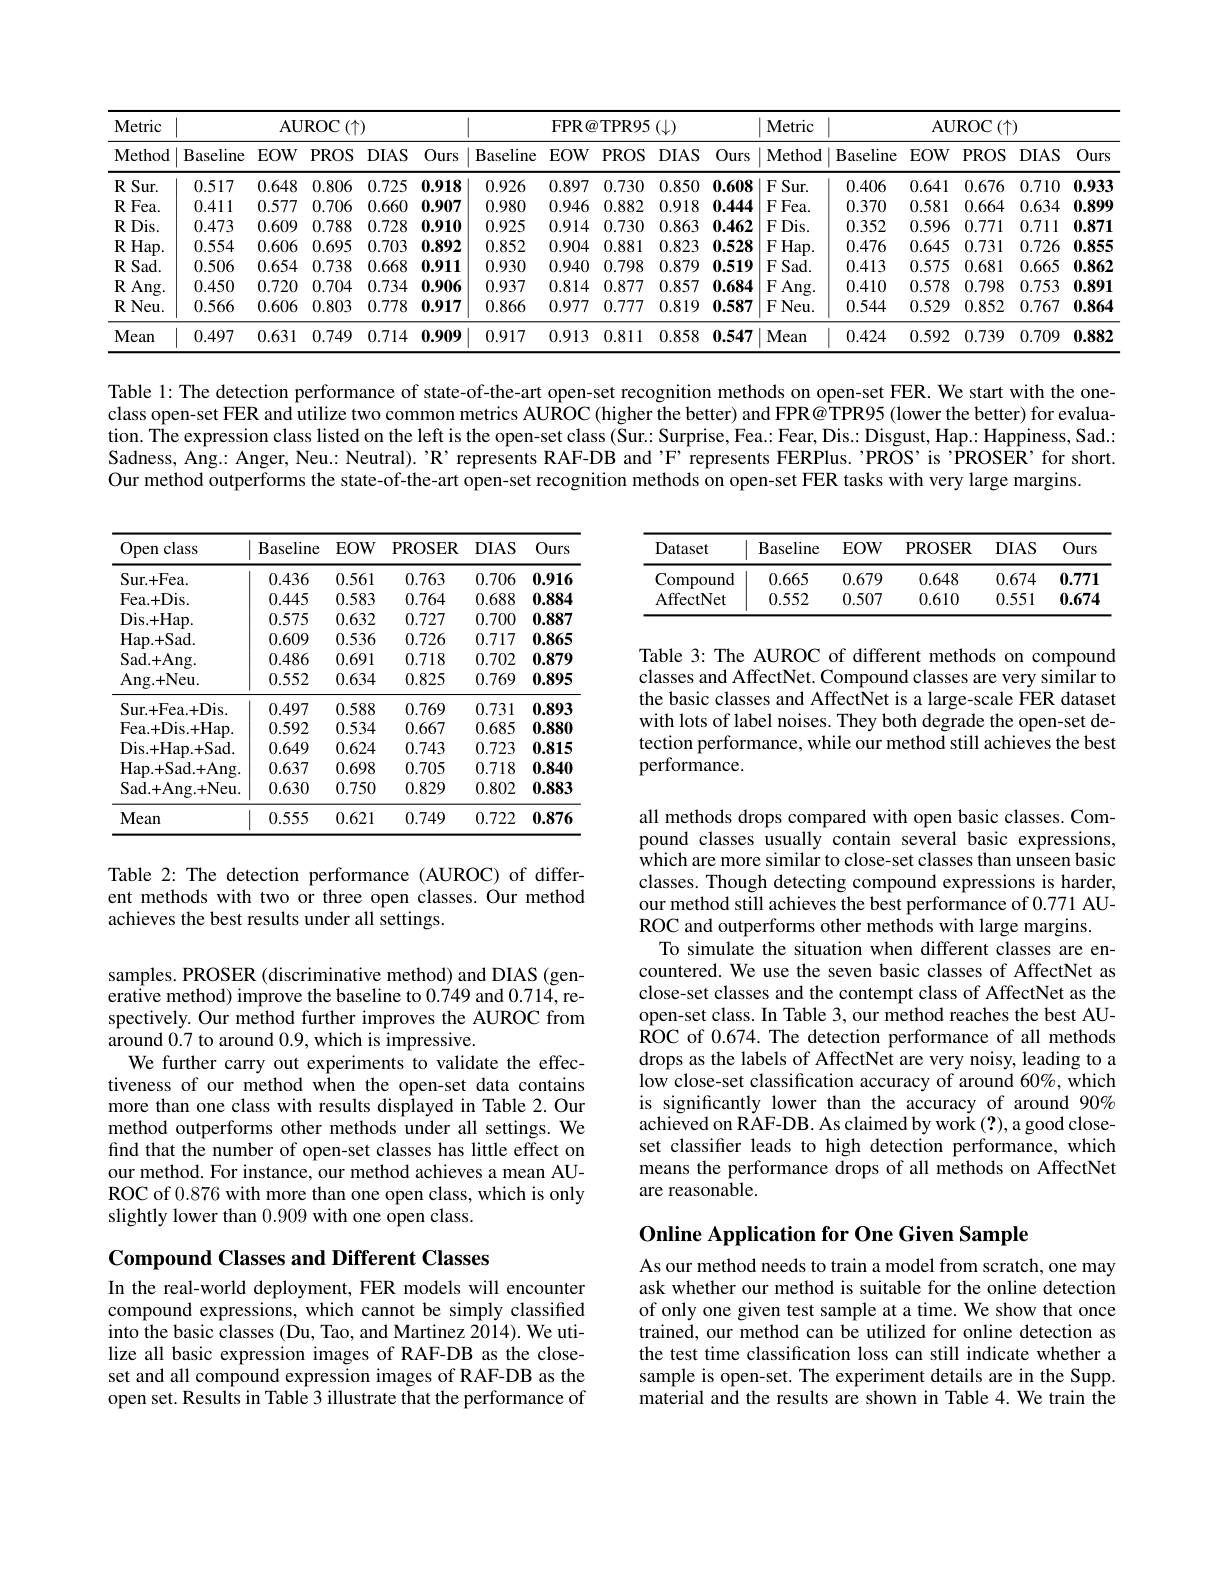
<table>
	<tbody>
		<tr>
			<th rowspan="2">Metric Method</th>
			<th colspan="4">$\operatorname{AUROC}\left(\uparrow\right)$</th>
			<th>1 1 1 1</th>
			<th colspan="3">FPR@ TPR95$( \downarrow )$</th>
			<th> </th>
			<th>Metric</th>
			<th> </th>
			<th colspan="4">$\operatorname{AUROC}\left(\uparrow\right)$</th>
		</tr>
		<tr>
			<th>Baseline</th>
			<th>$EOW$</th>
			<th>$PROS$</th>
			<th>$DIAS$</th>
			<th>Ours $F$</th>
			<th>$EOW$</th>
			<th>$PROS$</th>
			<th>$DIAS$</th>
			<th>Ours</th>
			<th>Method</th>
			<th>Baseline</th>
			<th>$EOW$</th>
			<th>$PROS$</th>
			<th>$DIAS$</th>
			<th>Ours</th>
		</tr>
		<tr>
			<td>$RSur.$</td>
			<td>0.517</td>
			<td>0.648</td>
			<td>0.806</td>
			<td>0.725</td>
			<td>1.918</td>
			<td>0.897</td>
			<td>0.730</td>
			<td>0.850</td>
			<td>0.608</td>
			<td>$FSur.$</td>
			<td>0.406</td>
			<td>0.641</td>
			<td>0.676</td>
			<td>0.710</td>
			<td>0.933</td>
		</tr>
		<tr>
			<td>$RFea.$</td>
			<td>0.411</td>
			<td>0.577</td>
			<td>0.706</td>
			<td>0.660</td>
			<td>1.907</td>
			<td>0.946</td>
			<td>0.882</td>
			<td>0.918</td>
			<td>0.444</td>
			<td>$FFea.$</td>
			<td>0.370</td>
			<td>0.581</td>
			<td>0.664</td>
			<td>0.634</td>
			<td>0.899</td>
		</tr>
		<tr>
			<td>$RDis.$</td>
			<td>0.473</td>
			<td>0.609</td>
			<td>0.788</td>
			<td>0.728</td>
			<td>1.910</td>
			<td>0.914</td>
			<td>0.730</td>
			<td>0.863</td>
			<td>0.462</td>
			<td>$FDis.$</td>
			<td>0.352</td>
			<td>0.596</td>
			<td>0.771</td>
			<td>0.711</td>
			<td>0.871</td>
		</tr>
		<tr>
			<td>$RHap.$</td>
			<td>0.554</td>
			<td>0.606</td>
			<td>0.695</td>
			<td>0.703</td>
			<td>1.892</td>
			<td>0.904</td>
			<td>0.881</td>
			<td>0.823</td>
			<td>0.528</td>
			<td>$FHap.$</td>
			<td>0.476</td>
			<td>0.645</td>
			<td>0.731</td>
			<td>0.726</td>
			<td>0.855</td>
		</tr>
		<tr>
			<td>$\mathbf{R}$ Sad.</td>
			<td>0.506</td>
			<td>0.654</td>
			<td>0.738</td>
			<td>0.668</td>
			<td>1.911</td>
			<td>0.940</td>
			<td>0.798</td>
			<td>0.879</td>
			<td>0.519</td>
			<td>$FSad.$</td>
			<td>0.413</td>
			<td>0.575</td>
			<td>0.681</td>
			<td>0.665</td>
			<td>0.862</td>
		</tr>
		<tr>
			<td>$RAng.$</td>
			<td>0.450</td>
			<td>0.720</td>
			<td>0.704</td>
			<td>0.734</td>
			<td>1.906</td>
			<td>0.814</td>
			<td>0.877</td>
			<td>0.857</td>
			<td>0.684</td>
			<td>$FAng.$</td>
			<td>0.410</td>
			<td>0.578</td>
			<td>0.798</td>
			<td>0.753</td>
			<td>0.891</td>
		</tr>
		<tr>
			<td>$RNeu.$</td>
			<td>0.566</td>
			<td>0.606</td>
			<td>0.803</td>
			<td>0.778</td>
			<td>1.917 T</td>
			<td>0.977</td>
			<td>0.777</td>
			<td>0.819</td>
			<td>0.587</td>
			<td>$FNeu.$</td>
			<td>0.544</td>
			<td>0.529</td>
			<td>0.852</td>
			<td>0.767</td>
			<td>0.864</td>
		</tr>
		<tr>
			<td>Mean</td>
			<td>0.497</td>
			<td>0.631</td>
			<td>0.749</td>
			<td>0.714</td>
			<td>1.909</td>
			<td>0.913</td>
			<td>0.811</td>
			<td>0.858</td>
			<td>0.547</td>
			<td>Mean</td>
			<td>0.424</td>
			<td>0.592</td>
			<td>0.739</td>
			<td>0.709</td>
			<td>0.882</td>
		</tr>
	</tbody>
</table>

Table 1: The detection performance of state-of-the-art open-set recognition methods on open-set FER. We start with the oneclass open-set FER and utilize two common metrics AUROC (higher the better) and FPR@ TPR95 (lower the better) for evaluation. The expression class listed on the left is the open-set class( Šur: Surprise, Fea.: Fear, Dis. Disgust, Hap.: Happiness, Sad. Sadness, Ang.: Anger, Neu.: Neutral). 'R’represents RAF-DB and’F’represents FERPlus. "PROS’is’PROSER’for short. Our method outperforms the state-of-the-art open-set recognition methods on open-set FER tasks with very large margins.

<table>
	<tbody>
		<tr>
			<th>Dataset</th>
			<th>Baseline</th>
			<th>$EOW$</th>
			<th>PROSER</th>
			<th>$DIAS$</th>
			<th>Ours</th>
		</tr>
		<tr>
			<td>Compound</td>
			<td>0.665</td>
			<td>0.679</td>
			<td>0.648</td>
			<td>0.674</td>
			<td>0.771</td>
		</tr>
		<tr>
			<td>AffectNet</td>
			<td>0.552</td>
			<td>0.507</td>
			<td>0.610</td>
			<td>0.551</td>
			<td>0.674</td>
		</tr>
	</tbody>
</table>

<table>
	<tbody>
		<tr>
			<th>Open class</th>
			<th>Baseline</th>
			<th>$EOW$</th>
			<th>PROSER</th>
			<th>$DIAS$</th>
			<th>Ours</th>
		</tr>
		<tr>
			<td>Sur. + Fea. </td>
			<td>0.436</td>
			<td>0.561</td>
			<td>0.763</td>
			<td>0.706</td>
			<td>0.916</td>
		</tr>
		<tr>
			<td>Fea. + Dis.</td>
			<td>0.445</td>
			<td>0.583</td>
			<td>0.764</td>
			<td>0.688</td>
			<td>0.884</td>
		</tr>
		<tr>
			<td>Dis. + Hap. </td>
			<td>0.575</td>
			<td>0.632</td>
			<td>0.727</td>
			<td>0.700</td>
			<td>0.887</td>
		</tr>
		<tr>
			<td>Hap. + Sad.</td>
			<td>0.609</td>
			<td>0.536</td>
			<td>0.726</td>
			<td>0.717</td>
			<td>0.865</td>
		</tr>
		<tr>
			<td>Sad. + Ang.</td>
			<td>0.486</td>
			<td>0.691</td>
			<td>0.718</td>
			<td>0.702</td>
			<td>0.879</td>
		</tr>
		<tr>
			<td>Ang. + Neu. </td>
			<td>0.552</td>
			<td>0.634</td>
			<td>0.825</td>
			<td>0.769</td>
			<td>0.895</td>
		</tr>
		<tr>
			<td>Sur. + Fea. + Dis</td>
			<td>0.497</td>
			<td>0.588</td>
			<td>0.769</td>
			<td>0.731</td>
			<td>0.893</td>
		</tr>
		<tr>
			<td>Fea. + Dis. + Hap. </td>
			<td>0.592</td>
			<td>0.534</td>
			<td>0.667</td>
			<td>0.685</td>
			<td>0.880</td>
		</tr>
		<tr>
			<td>Dis. + Hap. + Sad. </td>
			<td>0.649</td>
			<td>0.624</td>
			<td>0.743</td>
			<td>0.723</td>
			<td>0.815</td>
		</tr>
		<tr>
			<td>Hap. + Sad. + Ang</td>
			<td>0.637</td>
			<td>0.698</td>
			<td>0.705</td>
			<td>0.718</td>
			<td>0.840</td>
		</tr>
		<tr>
			<td>Sad. + Ang. + Neu. </td>
			<td>0.630</td>
			<td>0.750</td>
			<td>0.829</td>
			<td>0.802</td>
			<td>0.883</td>
		</tr>
		<tr>
			<td>Mean</td>
			<td>0.555</td>
			<td>0.621</td>
			<td>0.749</td>
			<td>0.722</td>
			<td>0.876</td>
		</tr>
	</tbody>
</table>

Table 3: The AUROC of different methods on compound classes and AffectNet. Compound classes are very similar to the basic classes and AffectNet is a large-scale FER dataset with lots of label noises. They both degrade the open-set detection performance, while our method still achieves the best performance.

Table 2: The detection performance (AUROC) of different methods with two or three open classes. Our method achieves the best results under all settings.

all methods drops compared with open basic classes. Compound classes usually contain several basic expressions, which are more similar to close-set classes than unseen basic classes. Though detecting compound expressions is harder, our method still achieves the best performance of 0.771 AUROC and outperforms other methods with large margins.
To simulate the situation when different classes are encountered. We use the seven basic classes of AffectNet as close-set classes and the contempt class of AffectNet as the open-set class. In Table 3, our method reaches the best AU- $\hat{\mathrm{ROC~of~0.674.~The~detection~performance~of~all~methods}}$ drops as the labels of AffectNet are very noisy, leading to a low close-set classification accuracy of around 60%, which is significantly lower than the accuracy of around 90% achieved on RAF-DB. As claimed by work (?), a good closeset classifier leads to high detection performance, which means the performance drops of all methods on AffectNet are reasonable.

samples. PROSER (discriminative method) and DIAS (generative method) improve the baseline to 0.749 and 0.714, respectively. Our method further improves the AUROC from around 0.7 to around 0.9, which is impressive.
We further carry out experiments to validate the effectiveness of our method when the open-set data contains more than one class with results displayed in Table 2.Our method outperforms other methods under all settings. We find that the number of open-set classes has little effect on our method. For instance, our method achieves a mean AUROC of 0.876 with more than one open class, which is only slightly lower than 0.909 with one open class.

Online Application for One Given Sample

Compound Classes and Different Classes

As our method needs to train a model from scratch, one may ask whether our method is suitable for the online detection of only one given test sample at a time. We show that once trained, our method can be utilized for online detection as the test time classification loss can still indicate whether a sample is open-set. The experiment details are in the Supp. material and the results are shown in Table 4. We train the

In the real-world deployment, FER models will encounter compound expressions, which cannot be simply classified into the basic classes (Du, Tao, and Martinez 2014). We utilize all basic expression images of RAF-DB as the closeset and all compound expression images of RAF-DB as the open set. Results in Table 3 illustrate that the performance of